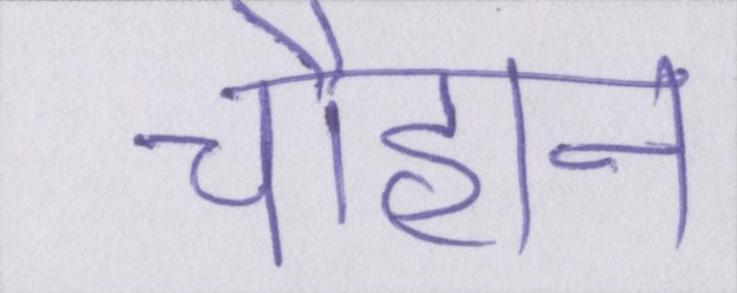
चौहान